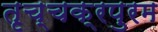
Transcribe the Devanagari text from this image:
तृच्चक्रपुरम